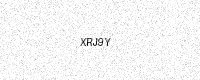
Text: XRJ9Y